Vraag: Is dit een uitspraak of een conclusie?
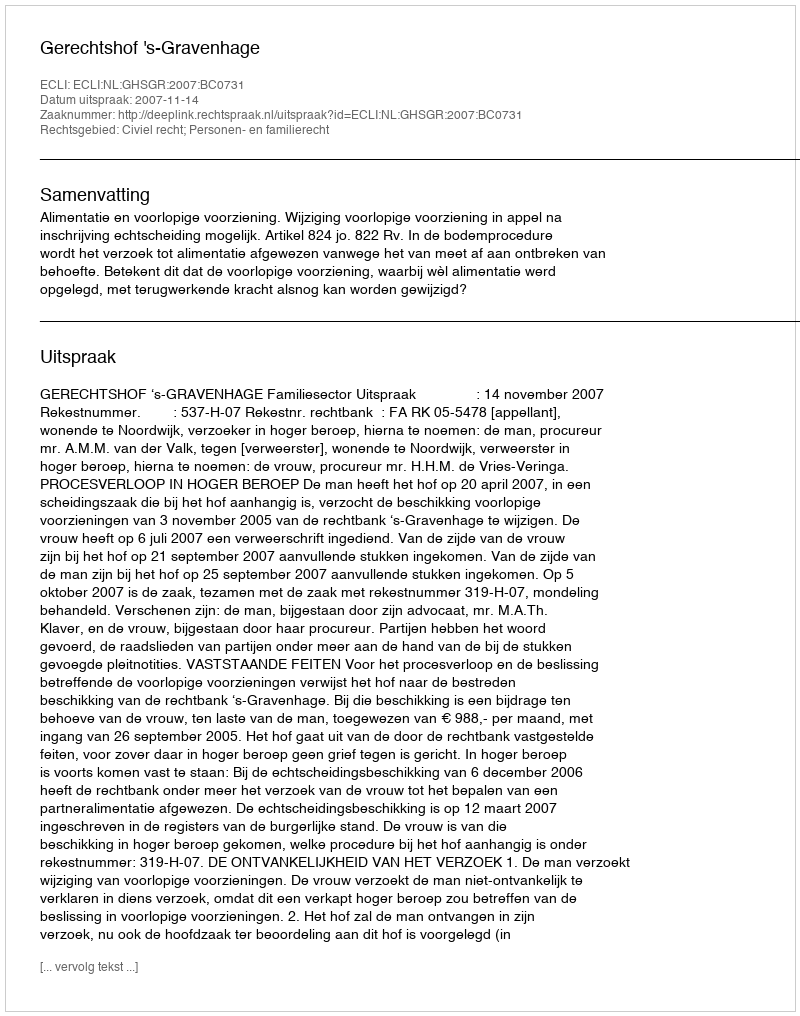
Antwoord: Uitspraak